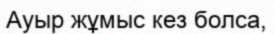
Ауыр жұмыс кез болса,